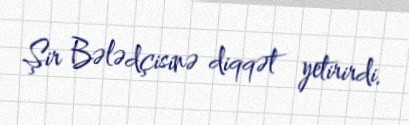
Şir Bələdçisinə diqqət yetirirdi.